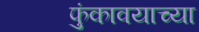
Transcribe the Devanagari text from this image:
फुंकावयाच्या